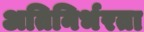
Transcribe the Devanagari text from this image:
अतिनिर्भरता